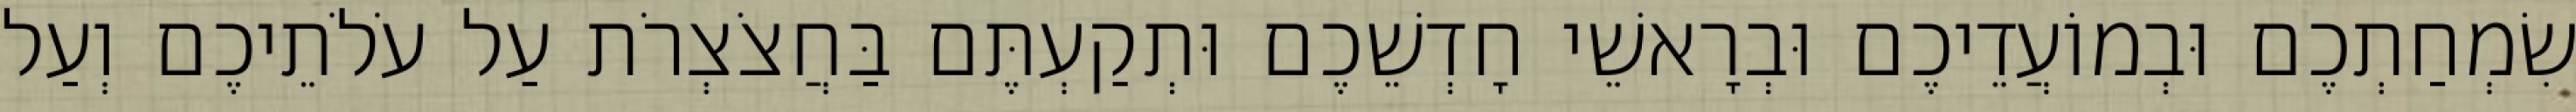
שִׂמְחַתְכֶם וּבְמוֹעֲדֵיכֶם וּבְרָאשֵׁי חָדְשֵׁכֶם וּתְקַעְתֶּם בַּחֲצֹצְרֹת עַל עֹלֹתֵיכֶם וְעַל